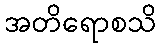
အတိရောစသိ